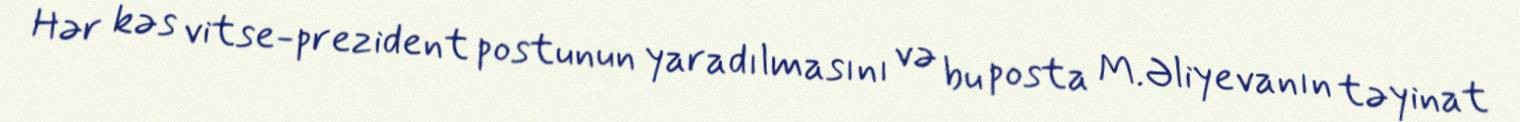
Hər kəs vitse-prezident postunun yaradılmasını və bu posta M.Əliyevanın təyinat